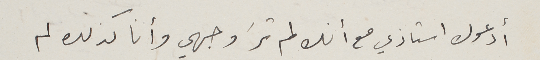
أدعوك استاذي مع أنك لم ترَ وجهي وأنا كذلك لم